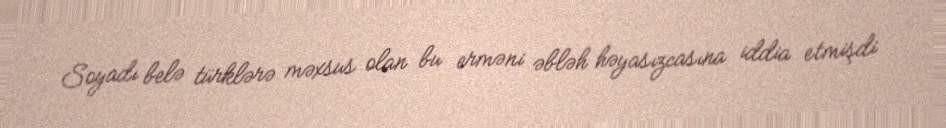
Soyadı belə türklərə məxsus olan bu erməni əbləh həyasızcasına iddia etmişdi